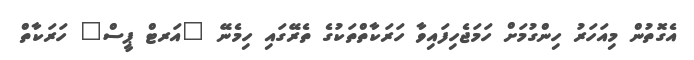
އެގޮތުން މިއަހަރު ހިންގުމަށް ހަމަޖެހިފައިވާ ހަރަކާތްތަކުގެ ތެރޭގައި ހިމެނޭ "އަރޓް ޕީސް" ހަރަކާތް